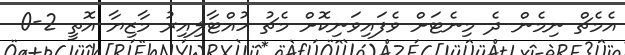
އެމެޗް ނިމެން ދެ މިނެޓަށް ވެފައިވަނިކޮށް މެޗު ހުއްޓާލިއިރު މާޒިޔާ އޮތީ 2-0